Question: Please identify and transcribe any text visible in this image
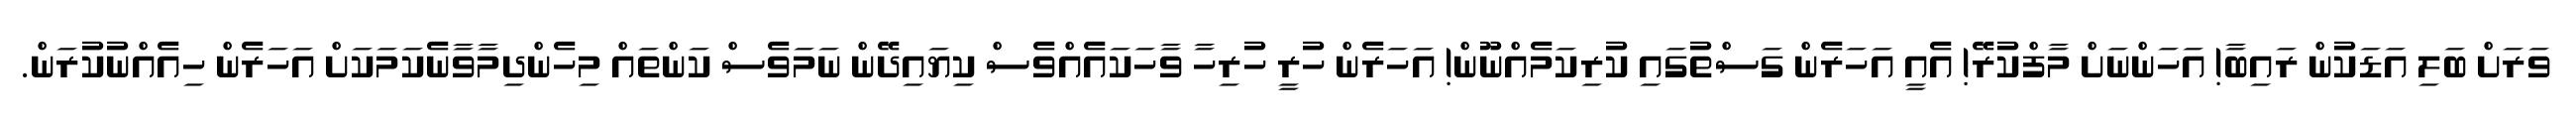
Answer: ވަރަށް ބަލި އަޑަކުން ރައިބާ! އަހަންނަށް މާފްކުރޭ! އެއީ އަހަރެން ގަސްތުގައި ކުރިކަމެއްނޫން! އަހަރެން ހުރީ ހުރިހާ ވާހަކައެއްވެސް ކިޔައިދޭން ނަމަވެސް ކަންތައް މިހެންދިމާވާނެކަމަކަށް އަހަރެން ހިއެއްނުކުރަން.